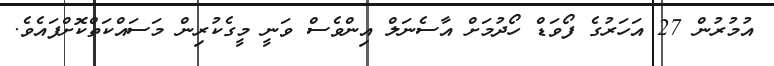
އުމުރުން 27 އަހަރުގެ ފޯވަޑް ހޯދުމަށް އާސެނަލް އިންވެސް ވަނީ މީގެކުރިން މަސައްކަތްކޮށްފައެވެ.